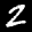
Label: 2